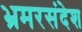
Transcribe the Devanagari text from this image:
भ्रमरसंदेश